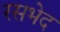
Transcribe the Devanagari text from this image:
रसभेद